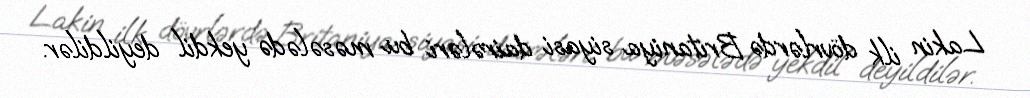
Lakin ilk dövrlərdə Britaniya siyasi dairələri bu məsələdə yekdil deyildilər.